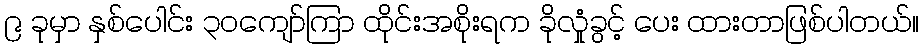
၉ ခုမှာ နှစ်ပေါင်း ၃၀ကျော်ကြာ ထိုင်းအစိုးရက ခိုလှုံခွင့် ပေး ထားတာဖြစ်ပါတယ်။